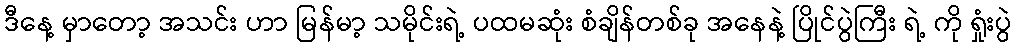
ဒီနေ့ မှာတော့ အသင်း ဟာ မြန်မာ့ သမိုင်းရဲ့ ပထမဆုံး စံချိန်တစ်ခု အနေနဲ့ ပြိုင်ပွဲကြီး ရဲ့ ကို ရှုံးပွဲ